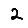
Digit: 2